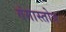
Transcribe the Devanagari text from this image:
गंगास्तोत्र